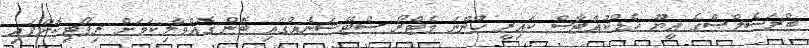
ބްރަސެލްސްގެ އީޔޫ ހެޑްކުއާޓާސް ކައިރީ ހުންނަ މެޓްރޯ ސްޓޭޝަނެއްގައި ބޮން ގޮއްވާލިކަމަށް ރިޕޯޓިކޮށްފައި